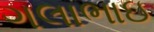
ગલાભાઇ